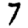
Digit: 7